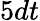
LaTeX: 5dt